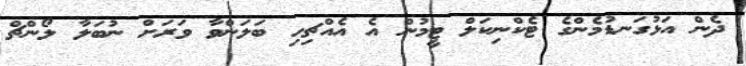
ދެން އަޅުގަނޑުމެންގެ ޓެކްނިކަލް ޓީމުން އެ އެއްޗިހި ބަލަންވާ ވަރަށް ނުބަލާ ލޯންޗް